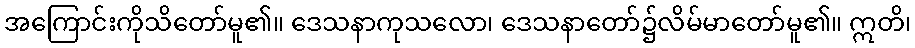
အကြောင်းကိုသိတော်မူ၏။ ဒေသနာကုသလော၊ ဒေသနာတော်၌လိမ်မာတော်မူ၏။ ဣတိ၊